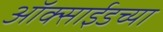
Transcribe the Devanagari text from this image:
ऑक्‍साईडच्या